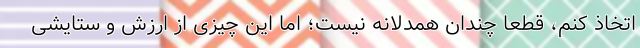
اتخاذ کنم، قطعاً چندان همدلانه نیست؛ اما این چیزی از ارزش و ستایشی